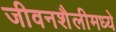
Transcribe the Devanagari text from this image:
जीवनशैलीमध्ये